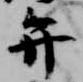
弁